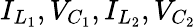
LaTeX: I_{L_{1}},V_{C_{1}},I_{L_{2}},V_{C_{2}}